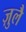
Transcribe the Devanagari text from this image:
ज़ुलै